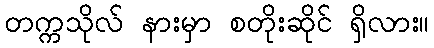
တက္ကသိုလ် နားမှာ စတိုးဆိုင် ရှိလား။